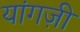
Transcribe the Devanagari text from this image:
यांगज़ी